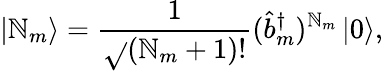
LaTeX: \left|\mathbb{N}_{m}\right>=\frac{{1}}{{\sqrt{}{{\left(\mathbb{N}_{m}+1\right)!}}}}(\hat{{b}}_{m}^{\dagger})^{\mathbb{N}_{m}}\left|0\right>,